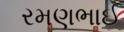
રમણભાઈ